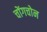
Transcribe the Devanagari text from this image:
चोंगचोन